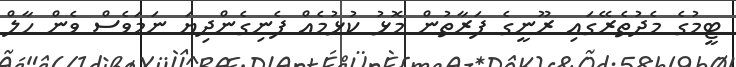
ޓީމުގެ މެދުތެރޭގައި ރޫނީގެ ފަރާތުން މޮޅު ކުޅުމެއް ފެނިގެންދިޔަ ނަމަވެސް ވެން ހާލް